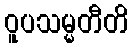
ဝူပသမ္မတီတိ